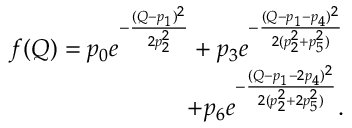
\begin{array} { r } { f ( Q ) = p _ { 0 } e ^ { - \frac { ( Q - p _ { 1 } ) ^ { 2 } } { 2 p _ { 2 } ^ { 2 } } } + p _ { 3 } e ^ { - \frac { ( Q - p _ { 1 } - p _ { 4 } ) ^ { 2 } } { 2 ( p _ { 2 } ^ { 2 } + p _ { 5 } ^ { 2 } ) } } } \\ { + p _ { 6 } e ^ { - \frac { ( Q - p _ { 1 } - 2 p _ { 4 } ) ^ { 2 } } { 2 ( p _ { 2 } ^ { 2 } + 2 p _ { 5 } ^ { 2 } ) } } . } \end{array}